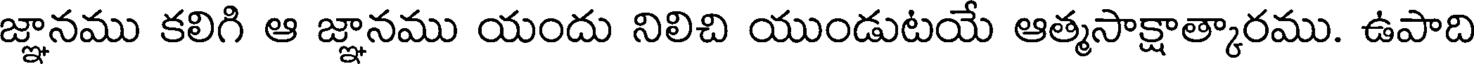
జ్ఞానము కలిగి ఆ జ్ఞానము యందు నిలిచి యుండుటయే ఆత్మసాక్షాత్కారము. ఉపాది